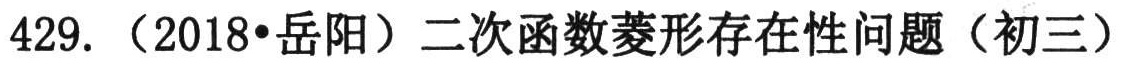
429. （2018•岳阳）二次函数菱形存在性问题（初三）